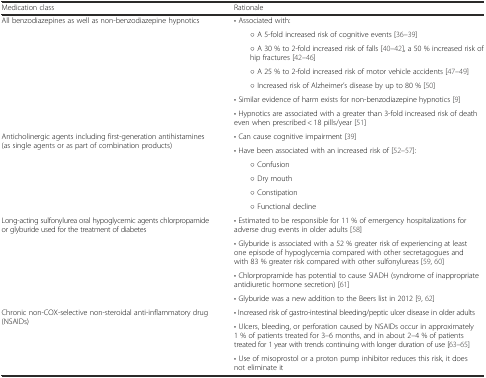
| Medication class | Rationale |
 | --- | --- |
 | <ROWSPAN=7> All benzodiazepines as well as non-benzodiazepine hypnotics | • Associated with: |
 | ○ A 5-fold increased risk of cognitive events [36–39] |
 | ○ A 30 % to 2-fold increased risk of falls [40–42], a 50 % increased risk of hip fractures [42–46] |
 | ○ A 25 % to 2-fold increased risk of motor vehicle accidents [47–49] |
 | ○ Increased risk of Alzheimer’s disease by up to 80 % [50] |
 | • Similar evidence of harm exists for non-benzodiazepine hypnotics [9] |
 | • Hypnotics are associated with a greater than 3-fold increased risk of death even when prescribed < 18 pills/year [51] |
 | <ROWSPAN=6> Anticholinergic agents including first-generation antihistamines (as single agents or as part of combination products) | • Can cause cognitive impairment [39] |
 | • Have been associated with an increased risk of [52–57]: |
 | ○ Confusion |
 | ○ Dry mouth |
 | ○ Constipation |
 | ○ Functional decline |
 | <ROWSPAN=4> Long-acting sulfonylurea oral hypoglycemic agents chlorpropamide or glyburide used for the treatment of diabetes | • Estimated to be responsible for 11 % of emergency hospitalizations for adverse drug events in older adults [58] |
 | • Glyburide is associated with a 52 % greater risk of experiencing at least one episode of hypoglycemia compared with other secretagogues and with 83 % greater risk compared with other sulfonylureas [59, 60] |
 | • Chlorpropramide has potential to cause SIADH (syndrome of inappropriate antidiuretic hormone secretion) [61] |
 | • Glyburide was a new addition to the Beers list in 2012 [9, 62] |
 | <ROWSPAN=3> Chronic non-COX-selective non-steroidal anti-inflammatory drug (NSAIDs) | • Increased risk of gastro-intestinal bleeding/peptic ulcer disease in older adults |
 | • Ulcers, bleeding, or perforation caused by NSAIDs occur in approximately 1 % of patients treated for 3–6 months, and in about 2–4 % of patients treated for 1 year with trends continuing with longer duration of use [63–65] |
 | • Use of misoprostol or a proton pump inhibitor reduces this risk, it does not eliminate it |